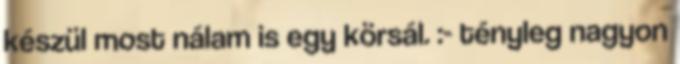
készül most nálam is egy körsál. :- tényleg nagyon